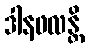
ဒါနဖလန္တိ